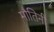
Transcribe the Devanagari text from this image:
मौतिनी